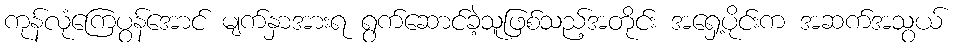
ကုန်လုံကြေပွန်အောင် မျက်နှာအားရ ရွက်ဆောင်ခဲ့သူဖြစ်သည့်အတိုင်း အရှေ့ပိုင်းက အဆက်အသွယ်